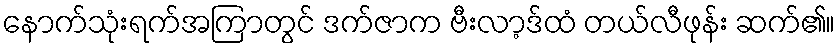
နောက်သုံးရက်အကြာတွင် ဒက်ဇာက ဗီးလာ့ဒ်ထံ တယ်လီဖုန်း ဆက်၏။